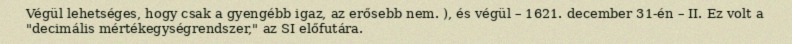
Végül lehetséges, hogy csak a gyengébb igaz, az erősebb nem. ), és végül – 1621. december 31-én – II. Ez volt a "decimális mértékegységrendszer," az SI előfutára.